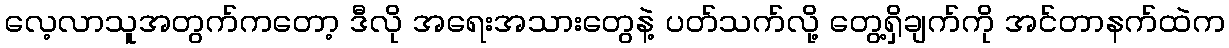
လေ့လာသူအတွက်ကတော့ ဒီလို အရေးအသားတွေနဲ့ ပတ်သက်လို့ တွေ့ရှိချက်ကို အင်တာနက်ထဲက